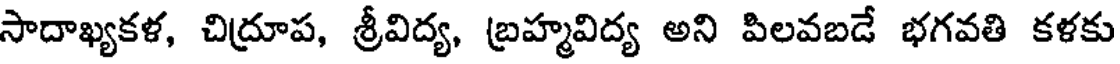
సాదాఖ్యకళ, చిద్రూప, శ్రీవిద్య, బ్రహ్మవిద్య అని పిలవబడే భగవతి కళకు